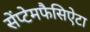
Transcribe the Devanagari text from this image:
सेंप्टेमफैसिऐटा